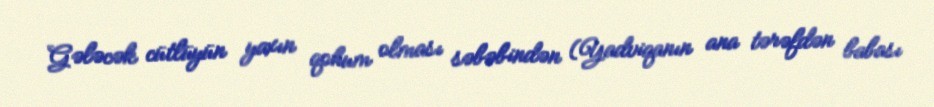
Gələcək cütlüyün yaxın qohum olması səbəbindən (Yadviqanın ana tərəfdən babası